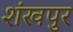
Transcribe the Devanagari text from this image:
शंखपुर